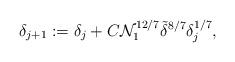
LaTeX: \begin{align*}\delta_{j+1}:=\delta_j+C\mathcal N_1^{12/7}\tilde \delta^{8/7}\delta_j^{1/7},\end{align*}